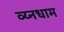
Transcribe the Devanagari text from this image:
व्य्नधाम